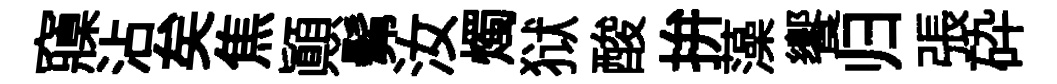
䆿沾矣焦顚髴汝燭狱酸拚藻饗归張砕